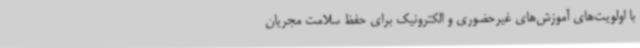
با اولویت‌های آموزش‌های غیرحضوری و الکترونیک برای حفظ سلامت مجریان